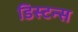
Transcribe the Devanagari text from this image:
डिस्टन्स